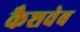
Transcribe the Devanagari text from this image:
कैशवेब